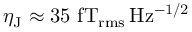
\eta _ { \mathrm { J } } \approx 3 5 ~ \mathrm { f T _ { r m s } \, H z ^ { - 1 / 2 } }